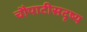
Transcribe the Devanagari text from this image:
चौपाटीसदृष्य